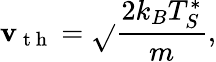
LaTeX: \mathbf{v}_{\mathrm{{~t~h~}}}=\sqrt{}{{\frac{{2k_{B}T_{S}^{*}}}{{m}}}},